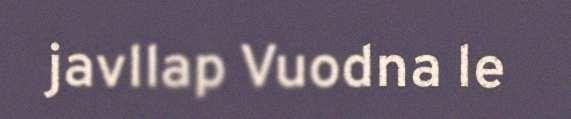
javllap Vuodna le